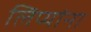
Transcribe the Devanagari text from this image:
लिप्यांना